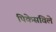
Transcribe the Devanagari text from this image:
पिकेसविले